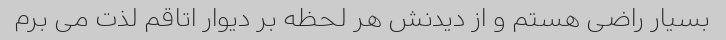
بسیار راضی هستم و از دیدنش هر لحظه بر دیوار اتاقم لذت می برم